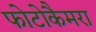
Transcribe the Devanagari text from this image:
फोटोकैमरा